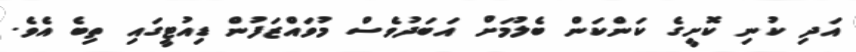
އަދި ކުނި ކޮށީގެ ކަންކަން ބެލުމަށް އަބަދުވެސް މުވައްޒަފުން ޑިއުޓީގައި ތިބެ އެވެ.